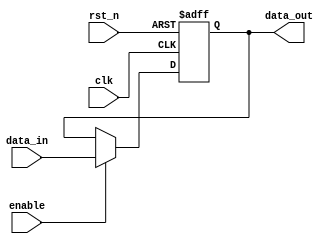
module ParameterizedRegister #(
    parameter WIDTH = 8  // Parameterized width of the register
)(
    input wire clk,       // Clock signal
    input wire rst_n,     // Asynchronous active-low reset
    input wire enable,    // Enable signal
    input wire [WIDTH-1:0] data_in, // Data input
    output reg [WIDTH-1:0] data_out  // Data output
);

// Synchronous operation with reset
always @(posedge clk or negedge rst_n) begin
    if (!rst_n) begin
        data_out <= {WIDTH{1'b0}}; // Initialize to zero on reset
    end else if (enable) begin
        data_out <= data_in; // Capture input data on enable
    end
end

endmodule